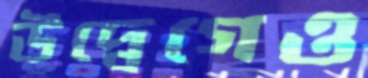
উদ্বেগেও